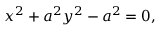
x ^ { 2 } + a ^ { 2 } y ^ { 2 } - a ^ { 2 } = 0 ,